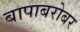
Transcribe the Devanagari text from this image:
बापाबरोबर